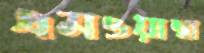
এমওয়াম্বা